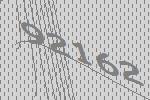
92162